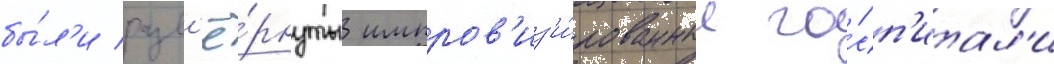
бы́л'и разв'ё́рнуты импров'из'и́рованные го́сп'итал'и